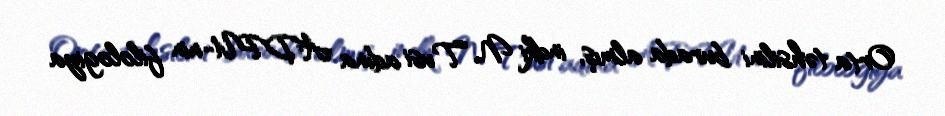
Orta təhsilini burada almış, indki N. Tusi adına ADPU-nin filologiya